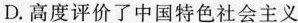
D.高度评价了中国特色社会主义